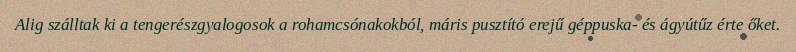
Alig szálltak ki a tengerészgyalogosok a rohamcsónakokból, máris pusztító erejű géppuska- és ágyútűz érte őket.